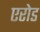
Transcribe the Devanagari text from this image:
एरोड